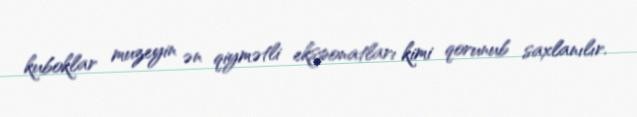
kuboklar muzeyin ən qiymətli eksponatları kimi qorunub saxlanılır.